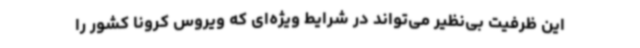
این ظرفیت بی‌نظیر می‌تواند در شرایط ویژه‌ای که ویروس کرونا کشور را